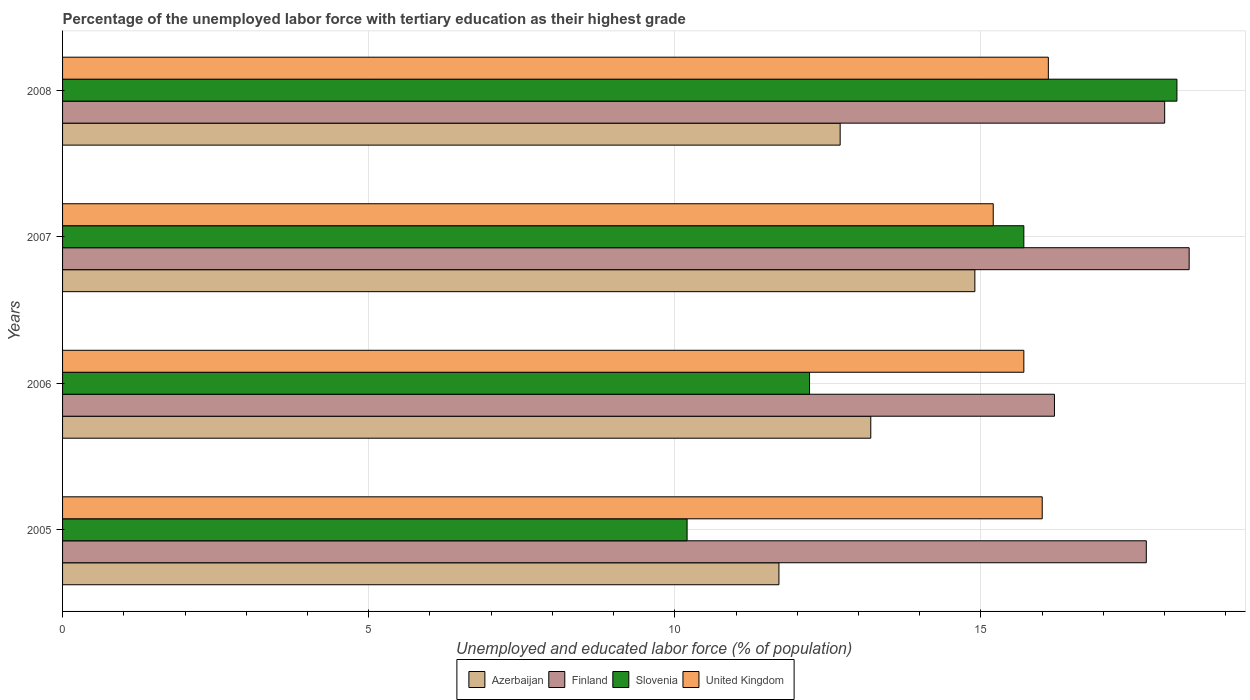
| Years | Azerbaijan | Finland | Slovenia | United Kingdom |
 | --- | --- | --- | --- | --- |
 | 2005 | 11.7 | 17.7 | 10.2 | 16 |
 | 2006 | 13.2 | 16.2 | 12.2 | 15.7 |
 | 2007 | 14.9 | 18.4 | 15.7 | 15.2 |
 | 2008 | 12.7 | 18 | 18.2 | 16.1 |